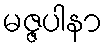
မဇ္ဇပါနာ